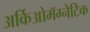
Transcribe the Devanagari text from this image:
अर्किओमॅग्नेटिक